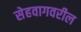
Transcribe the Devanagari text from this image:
सेहवागवरील